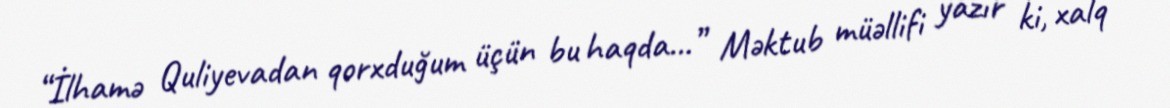
“İlhamə Quliyevadan qorxduğum üçün bu haqda...” Məktub müəllifi yazır ki, xalq